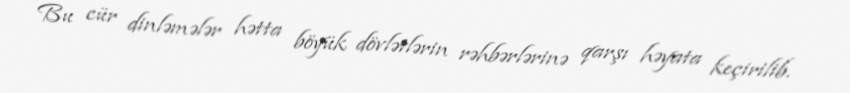
Bu cür dinləmələr hətta böyük dövlətlərin rəhbərlərinə qarşı həyata keçirilib.